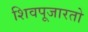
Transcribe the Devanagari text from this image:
शिवपूजारतो